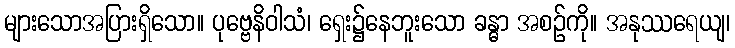
များသောအပြားရှိသော။ ပုဗ္ဗေနိဝါသံ၊ ရှေး၌နေဘူးသော ခန္ဓာ အစဉ်ကို။ အနုဿရေယျ၊